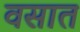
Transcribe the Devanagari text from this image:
वसात